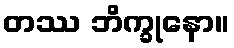
တဿ ဘိက္ခုနော။